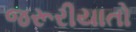
જરૂરીયાતો